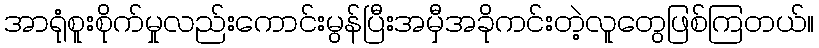
အာရုံစူးစိုက်မှုလည်းကောင်းမွန်ပြီးအမှီအခိုကင်းတဲ့လူတွေဖြစ်ကြတယ်။